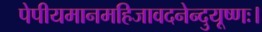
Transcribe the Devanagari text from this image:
पेपीयमानमहिजावदनेन्दुयूष्णः।